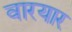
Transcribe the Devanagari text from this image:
वारयार